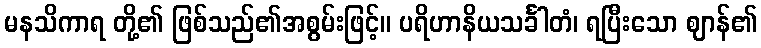
မနသိကာရ တို့၏ ဖြစ်သည်၏အစွမ်းဖြင့်။ ပရိဟာနိယသင်္ခါတံ၊ ရပြီးသော ဈာန်၏